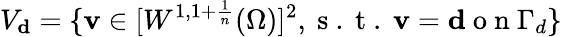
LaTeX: V_{\mathbf{d}}=\{ \mathbf v\in[W^{1,1+\frac{1}{n}}(\Omega)]^{2},\mathrm{~s~.~t~.~}\mathbf v=\mathbf{d}\mathrm{~o~n~}\Gamma_{d}\}